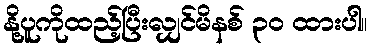
နို့ပူကိုထည့်ပြီးလျှင်မိနစ် ၃၀ ထားပါ။